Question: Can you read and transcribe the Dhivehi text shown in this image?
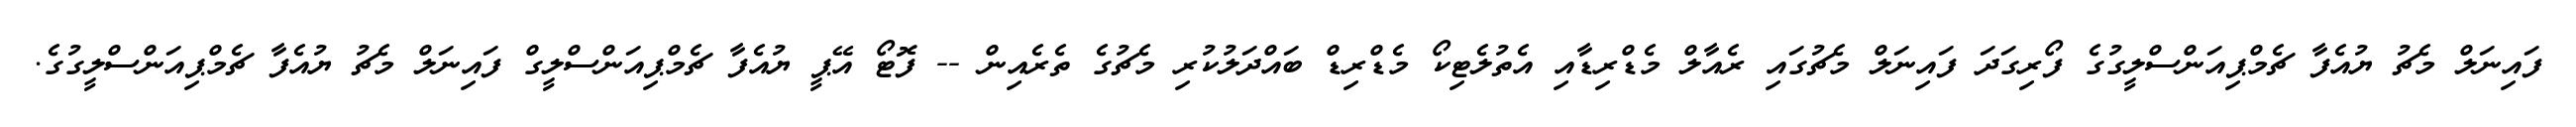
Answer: ފައިނަލް މެޗު ޔުއެފާ ޗެމްޕިއަންސްލީގުގެ ފޯރިގަދަ ފައިނަލް މެޗުގައި ރެއާލް މެޑްރިޑާއި އެތުލެޓިކޯ މެޑްރިޑް ބައްދަލުކުރި މެޗުގެ ތެރެއިން -- ފޮޓޯ އޭޕީ ޔުއެފާ ޗެމްޕިއަންސްލީގް ފައިނަލް މެޗު ޔުއެފާ ޗެމްޕިއަންސްލީގުގެ.